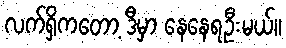
လက်ရှိကတော့ ဒီမှာ နေနေရဦးမယ်။